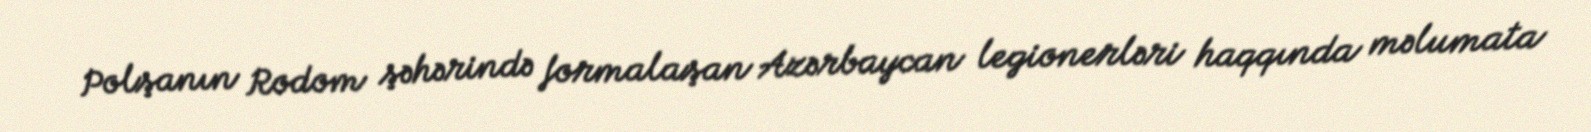
Polşanın Rodom şəhərində formalaşan Azərbaycan legionerləri haqqında məlumata